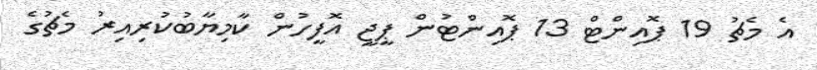
އެ މެޗު 19 ޕޮއިންޓް 13 ޕޮއިންޓުން ޕީޖީ އޮފީހުން ކާމިޔާބުކުރިިއިރު މެޗުގެ